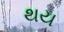
થય